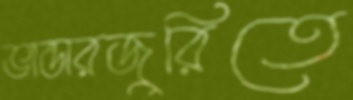
ভান্ডারজুরিতে